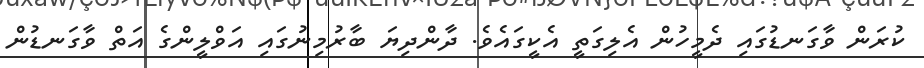
ކުރަން ވާގަނޑުގައި ދެމީހުން އެލިގަތީ އެކީގައެވެ. ދާންދިޔަ ބާރުމިނުގައި އަވްލީންގެ އަތް ވާގަނޑުން